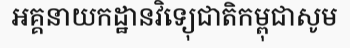
អគ្គនាយកដ្ឋានវិទ្យេុជាតិកម្ពុជាសូម